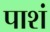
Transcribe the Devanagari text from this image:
पाशं